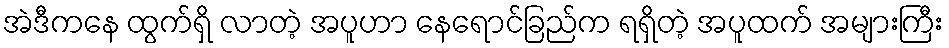
အဲဒီကနေ ထွက်ရှိ လာတဲ့ အပူဟာ နေရောင်ခြည်က ရရှိတဲ့ အပူထက် အများကြီး